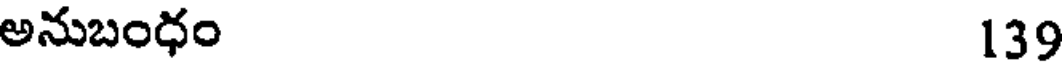
అనుబంధం 139